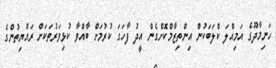
ހަނިމާދޫގެ އަމިއްލަ ކްލަބަކުން އިންތިޒާމްކޮށްގެން އީދު ފާހަގަ ކުރުމަށް ބާއްވާ ކުޅިވަރުތަކަށް ރައްޔިތުންގެ